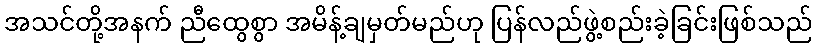
အသင်တို့အနက် ညီထွေစွာ အမိန့်ချမှတ်မည်ဟု ပြန်လည်ဖွဲ့စည်းခဲ့ခြင်းဖြစ်သည်